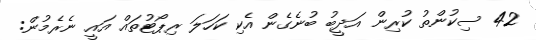
42 ސިކުންތު ކުރިން އަދީބު ބުނެގެން އެކި ކަހަލަ ރިޕޯޓުތައް އައީ ނެރެމުން: